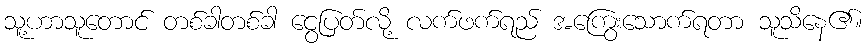
သူ့ဟာသူတောင် တစ်ခါတစ်ခါ ငွေပြတ်လို့ လက်ဖက်ရည် အကြွေးသောက်ရတာ သူသိနေ၏။